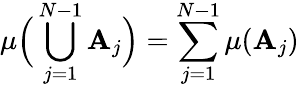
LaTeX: \mu{\Big(}\bigcup_{j=1}^{N-1}\mathbf{A}_{j}{\Big)}=\sum_{j=1}^{N-1}\mu(\mathbf{A}_{j})